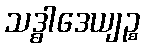
သဒ္ဓါဒေယျဉ္စ